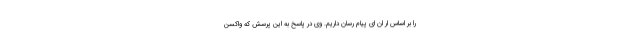
را بر اساس ار ان ای پیام رسان داریم. وی در پاسخ به این پرسش که واکسن